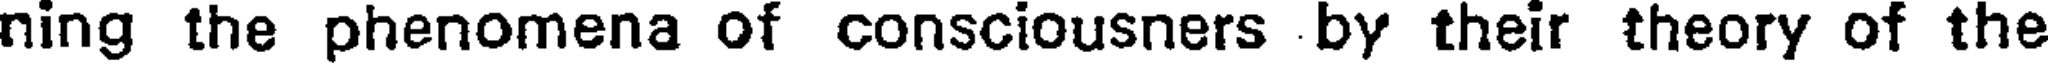
ning the phenomena of consciousners by their theory of the